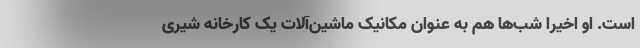
است. او اخیرا شب‌ها هم به عنوان مکانیک ماشین‌آلات یک کارخانه شیری